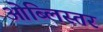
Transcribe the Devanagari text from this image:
ओब्लिस्तर